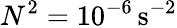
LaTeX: N^{2}=10^{-6}\, \mathrm{{s^{-2}}}